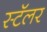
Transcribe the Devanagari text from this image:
स्टॅलर